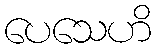
ပေသေဟိ